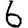
Digit: 6